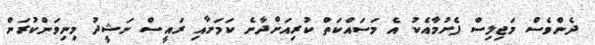
ދެންވެސް މަޖިލިސް ފެށުމާއެކު އެ މަސައްކަތް ކުރިއަށްދާނެ ކަމަށާއި ރައީސް ނަޝީދު މިނިވަންކުރަން